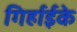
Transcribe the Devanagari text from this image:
गिर्हाईके